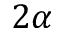
2 \alpha